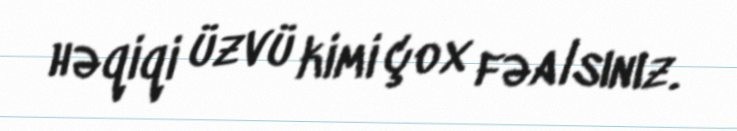
həqiqi üzvü kimi çox fəalsınız.